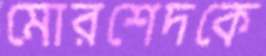
মোরশেদকে